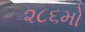
૨૮૬મો